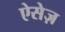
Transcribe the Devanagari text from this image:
ऐसेज़